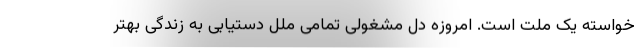
خواسته یک ملت است. امروزه دل مشغولی تمامی ملل دستیابی به زندگی بهتر